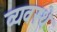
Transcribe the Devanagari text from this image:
व्यवस्थे